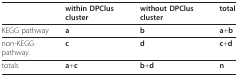
<table><thead><tr><td></td><td><b>within DPClus cluster</b></td><td><b>without DPClus cluster</b></td><td><b>total</b></td></tr></thead><tbody><tr><td>KEGG pathway</td><td><b>a</b></td><td><b>b</b></td><td><b>a</b>+<b>b</b></td></tr><tr><td>non-KEGG pathway</td><td><b>c</b></td><td><b>d</b></td><td><b>c</b>+<b>d</b></td></tr><tr><td>totals</td><td><b>a</b>+<b>c</b></td><td><b>b</b>+<b>d</b></td><td><b>n</b></td></tr></tbody></table>